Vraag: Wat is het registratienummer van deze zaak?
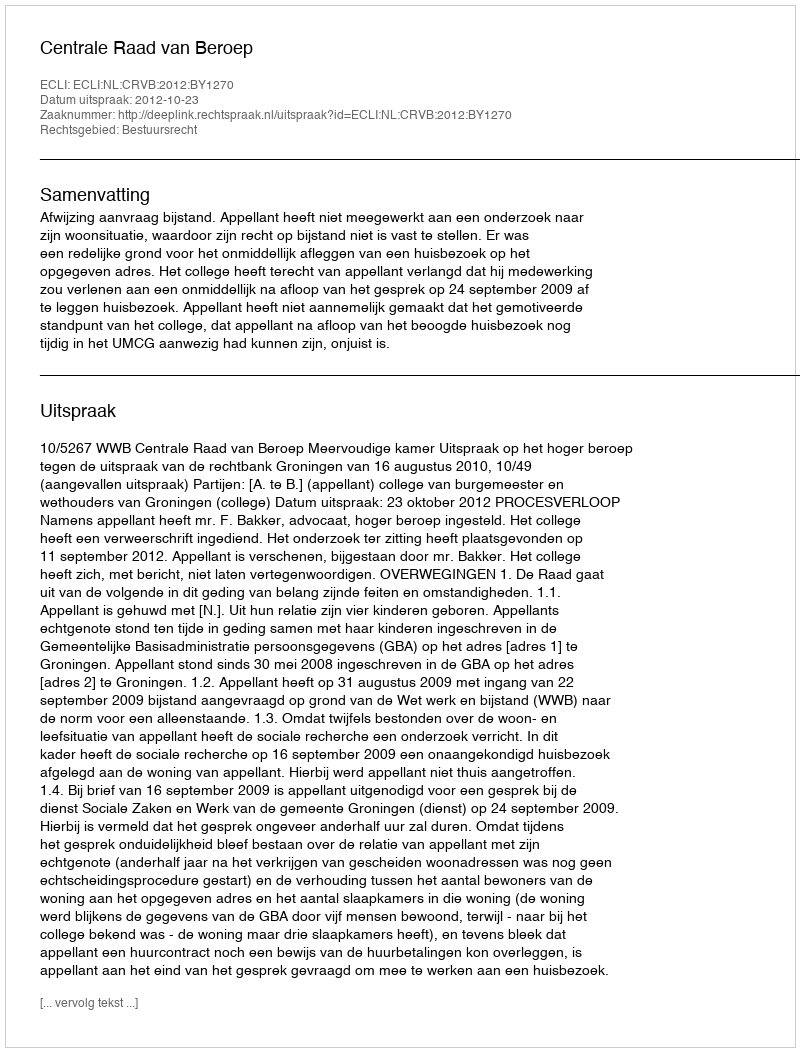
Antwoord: http://deeplink.rechtspraak.nl/uitspraak?id=ECLI:NL:CRVB:2012:BY1270